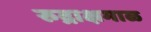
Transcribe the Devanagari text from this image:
रुद्राक्षमाळ